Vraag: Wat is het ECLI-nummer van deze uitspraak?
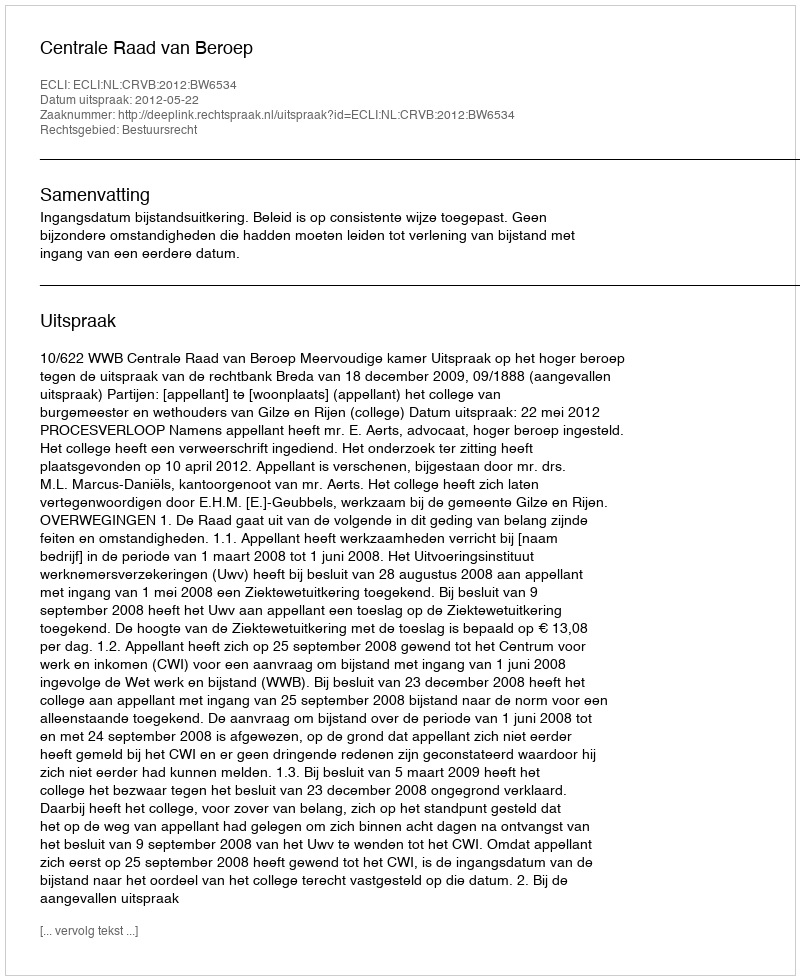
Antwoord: ECLI:NL:CRVB:2012:BW6534